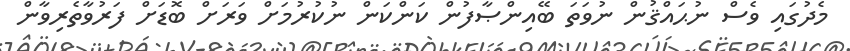
މެދުގައި ވެސް ނުޙައްޤުން ނުވަތަ ބޭއިންޞާފުން ކަންކަން ނުކުރުމަށް ވަރަށް ބޮޑަށް ފަރުވާތެރިވާން